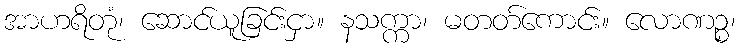
အာဟရိတုံ၊ ဆောင်ယူခြင်းငှာ။ နသက္ကာ၊ မတတ်ကောင်း။ လောဏဉ္စ၊